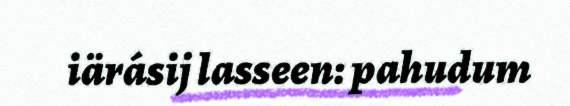
iärásij lasseen: pahudum